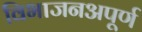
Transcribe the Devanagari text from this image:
विभाजनअपूर्ण